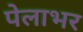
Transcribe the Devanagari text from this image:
पेलाभर